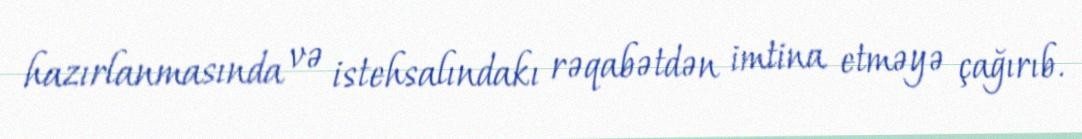
hazırlanmasında və istehsalındakı rəqabətdən imtina etməyə çağırıb.